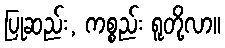
ပြုဆည်း, ကစ္စည်း ရူတို့လာ။